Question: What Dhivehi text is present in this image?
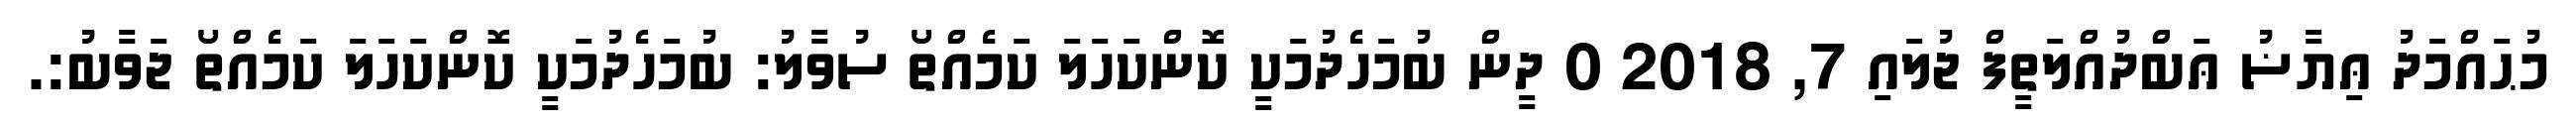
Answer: މުޙައްމަދު ޢިޔާޟު ޢަބްދުއްލަތީފް ޖުލައި 7, 2018 0 ދީން ބުމަހެދުމަކީ ކޮންކަހަލަ ކަމެއްތޯ ސުވާލު: ބުމަހެދުމަކީ ކޮންކަހަލަ ކަމެއްތޯ ޖަވާބު:.